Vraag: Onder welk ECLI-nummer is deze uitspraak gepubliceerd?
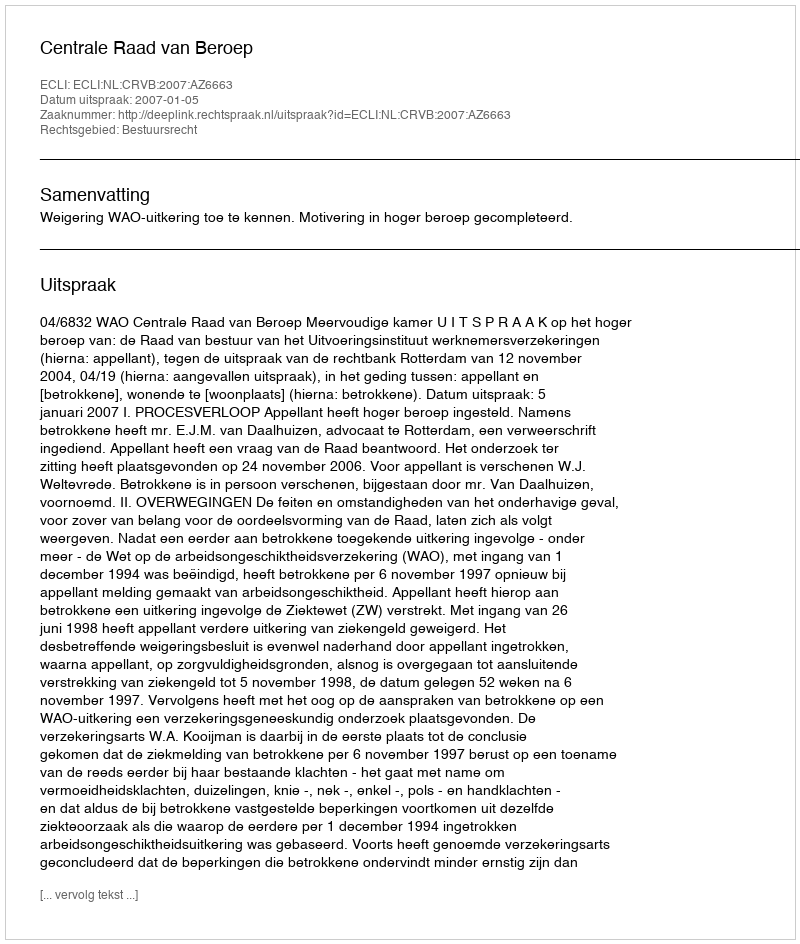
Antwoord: ECLI:NL:CRVB:2007:AZ6663